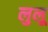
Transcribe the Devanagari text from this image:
लुलू